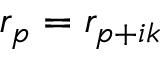
r _ { p } = r _ { p + i k }